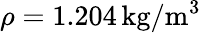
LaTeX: \rho=1.204\, \mathrm{kg/m^{3}}